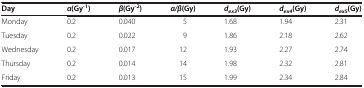
| Day | α(Gy-1) | β(Gy-2) | α/β(Gy) | dex3(Gy) | dex4(Gy) | dex5(Gy) |
 | --- | --- | --- | --- | --- | --- | --- |
 | Monday | 0.2 | 0.040 | 5 | 1.68 | 1.94 | 2.31 |
 | Tuesday | 0.2 | 0.022 | 9 | 1.86 | 2.18 | 2.62 |
 | Wednesday | 0.2 | 0.017 | 12 | 1.93 | 2.27 | 2.74 |
 | Thursday | 0.2 | 0.014 | 14 | 1.98 | 2.32 | 2.81 |
 | Friday | 0.2 | 0.013 | 15 | 1.99 | 2.34 | 2.84 |